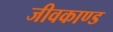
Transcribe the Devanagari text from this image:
जीवकाण्ड